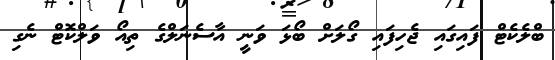
ބްލެކެޓް ފައިގައި ޖެހިފައި ގޯލަށް ބޯޅަ ވަނީ އާސެނަލްގެ ތިއޯ ވަލްކޮޓް ނެގި